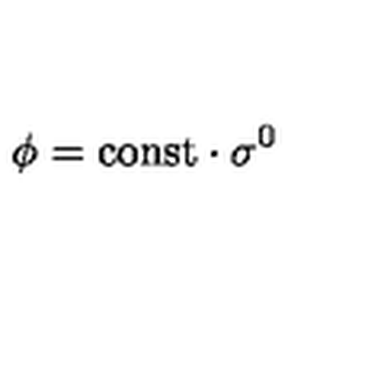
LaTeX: \phi = \mathrm { c o n s t } \cdot \sigma ^ { 0 }